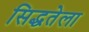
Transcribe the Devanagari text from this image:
सिद्धतेला